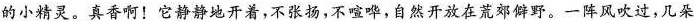
\underline{的小精灵}。真香啊!它静静地开着，不张扬，不喧哗，自然开放在荒郊僻野。一阵风吹过，几朵